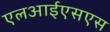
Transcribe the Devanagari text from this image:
एलआईएसएस